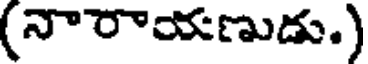
(నారాయణుడు.)